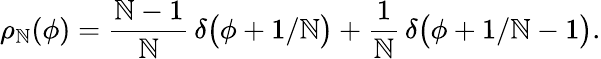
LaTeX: \rho_{\mathbb{N}}(\phi)={\frac{{\mathbb{N}-1}}{{\mathbb{N}}}}\, \delta\bigl(\phi+1/\mathbb{N}\bigr)+{\frac{{1}}{{\mathbb{N}}}}\, \delta\bigl(\phi+1/\mathbb{N}-1\bigr).